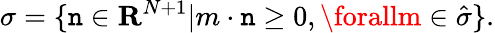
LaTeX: \sigma=\{ \mathtt{n}\in{\mathbf{R}}^{N+1}|m\cdot\mathtt{n}\geq0,\forallm\in\hat{{\sigma}}\} .